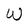
Character: W